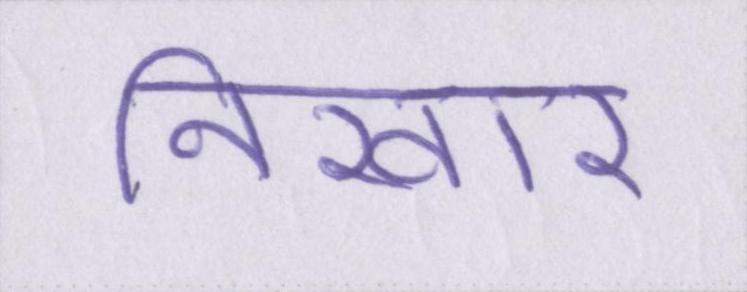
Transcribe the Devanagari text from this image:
निखार